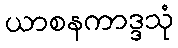
ယာစနကာဒ္ဒသုံ